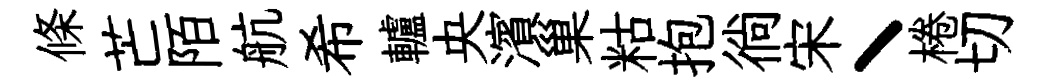
條芒陌航希轤央濱巢䊀抱徜宋丶棬切